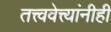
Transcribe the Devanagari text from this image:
तत्त्ववेत्त्यांनीही